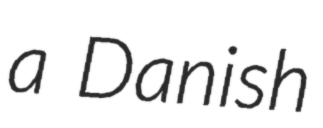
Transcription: a Danish